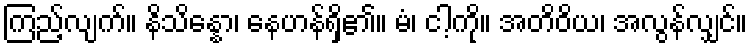
ကြည့်လျက်။ နိသိန္နော၊ နေဟန်ရှိ၏။ မံ၊ ငါ့ကို။ အတိဝိယ၊ အလွန်လျှင်။